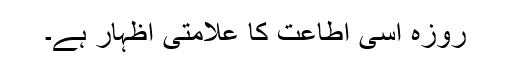
روزہ اِسی اطاعت کا علامتی اظہار ہے۔